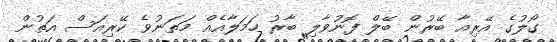
ގޯލުގެ އޭރިއާ ބޭރުން ބޭލް ފޮނުވާލި ބާރު ހަމަލާއެއް މަތަނުވެ ކޭރިއަސް އަތުން